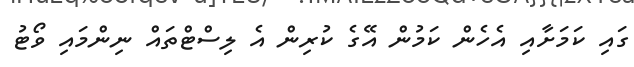
ގައި ކަމަށާއި އެހެން ކަމުން އޭގެ ކުރިން އެ ލިސްޓްތައް ނިންމައި ވޯޓު